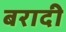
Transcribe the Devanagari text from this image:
बरादी